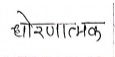
मजकूर: धोरणात्मक